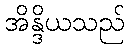
အိန္ဒိယသည်